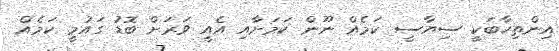
އިންތިހާބަކީ ސިޔާސީ ކަމެއް ނޫން ކަމަށާއި އެއީ ވަރަށް ބޮޑު ގައުމީ ކަމެއް